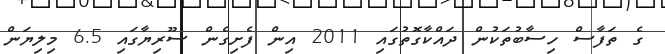
ގެ ތަފާސް ހިސާބުތަކުން ދައްކާގޮތުގައި 2011 އިން ފެށިގެން ސޫރިޔާގައި 6.5 މިލިޔަން